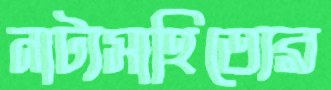
নাট্যসাহিত্যের